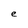
Character: e